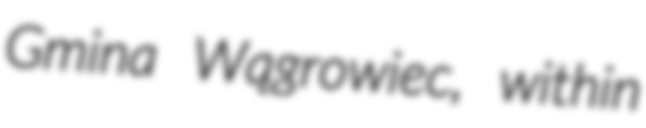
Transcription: Gmina Wągrowiec, within